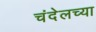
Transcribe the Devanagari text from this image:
चंदेलच्या